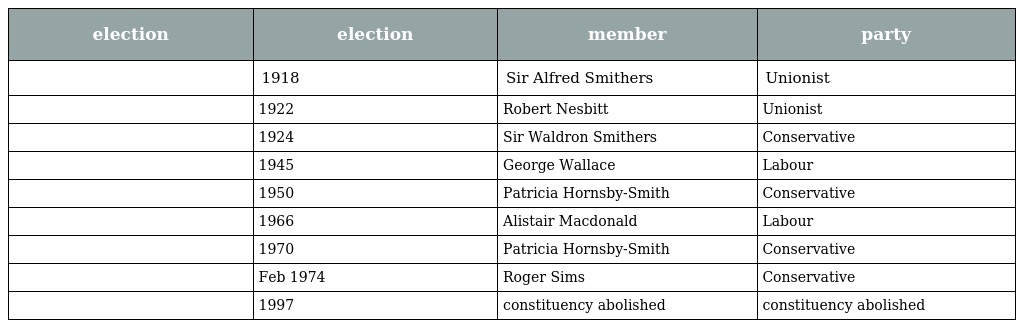
| election | election | member | party |
 | --- | --- | --- | --- |
 |  | 1918 | Sir Alfred Smithers | Unionist |
 |  | 1922 | Robert Nesbitt | Unionist |
 |  | 1924 | Sir Waldron Smithers | Conservative |
 |  | 1945 | George Wallace | Labour |
 |  | 1950 | Patricia Hornsby-Smith | Conservative |
 |  | 1966 | Alistair Macdonald | Labour |
 |  | 1970 | Patricia Hornsby-Smith | Conservative |
 |  | Feb 1974 | Roger Sims | Conservative |
 |  | 1997 | constituency abolished | constituency abolished |